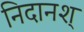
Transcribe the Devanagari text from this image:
निदानश्